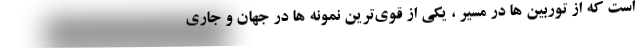
است که از توربین ها در مسیر ، یکی از قوی‌ترین نمونه ها در جهان و جاری